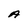
Character: A